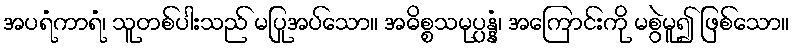
အပရံကာရံ၊ သူတစ်ပါးသည် မပြုအပ်သော။ အဓိစ္စသမုပ္ပန္နံ၊ အကြောင်းကို မစွဲမူ၍ ဖြစ်သော။